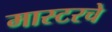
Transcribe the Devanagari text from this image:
मास्टरचे